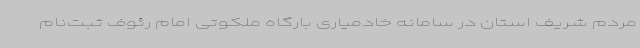
مردم شریف استان در سامانه خادمیاری بارگاه ملکوتی امام رئوف ثبت‌نام